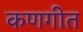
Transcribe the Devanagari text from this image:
कणगीत